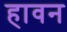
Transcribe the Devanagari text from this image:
हावन